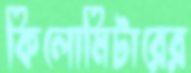
কিলোমিটারের